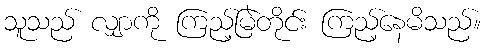
သူသည် လျှာကို ကြည့်မြဲတိုင်း ကြည့်နေမိသည်။